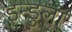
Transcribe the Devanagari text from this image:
इन्डुला